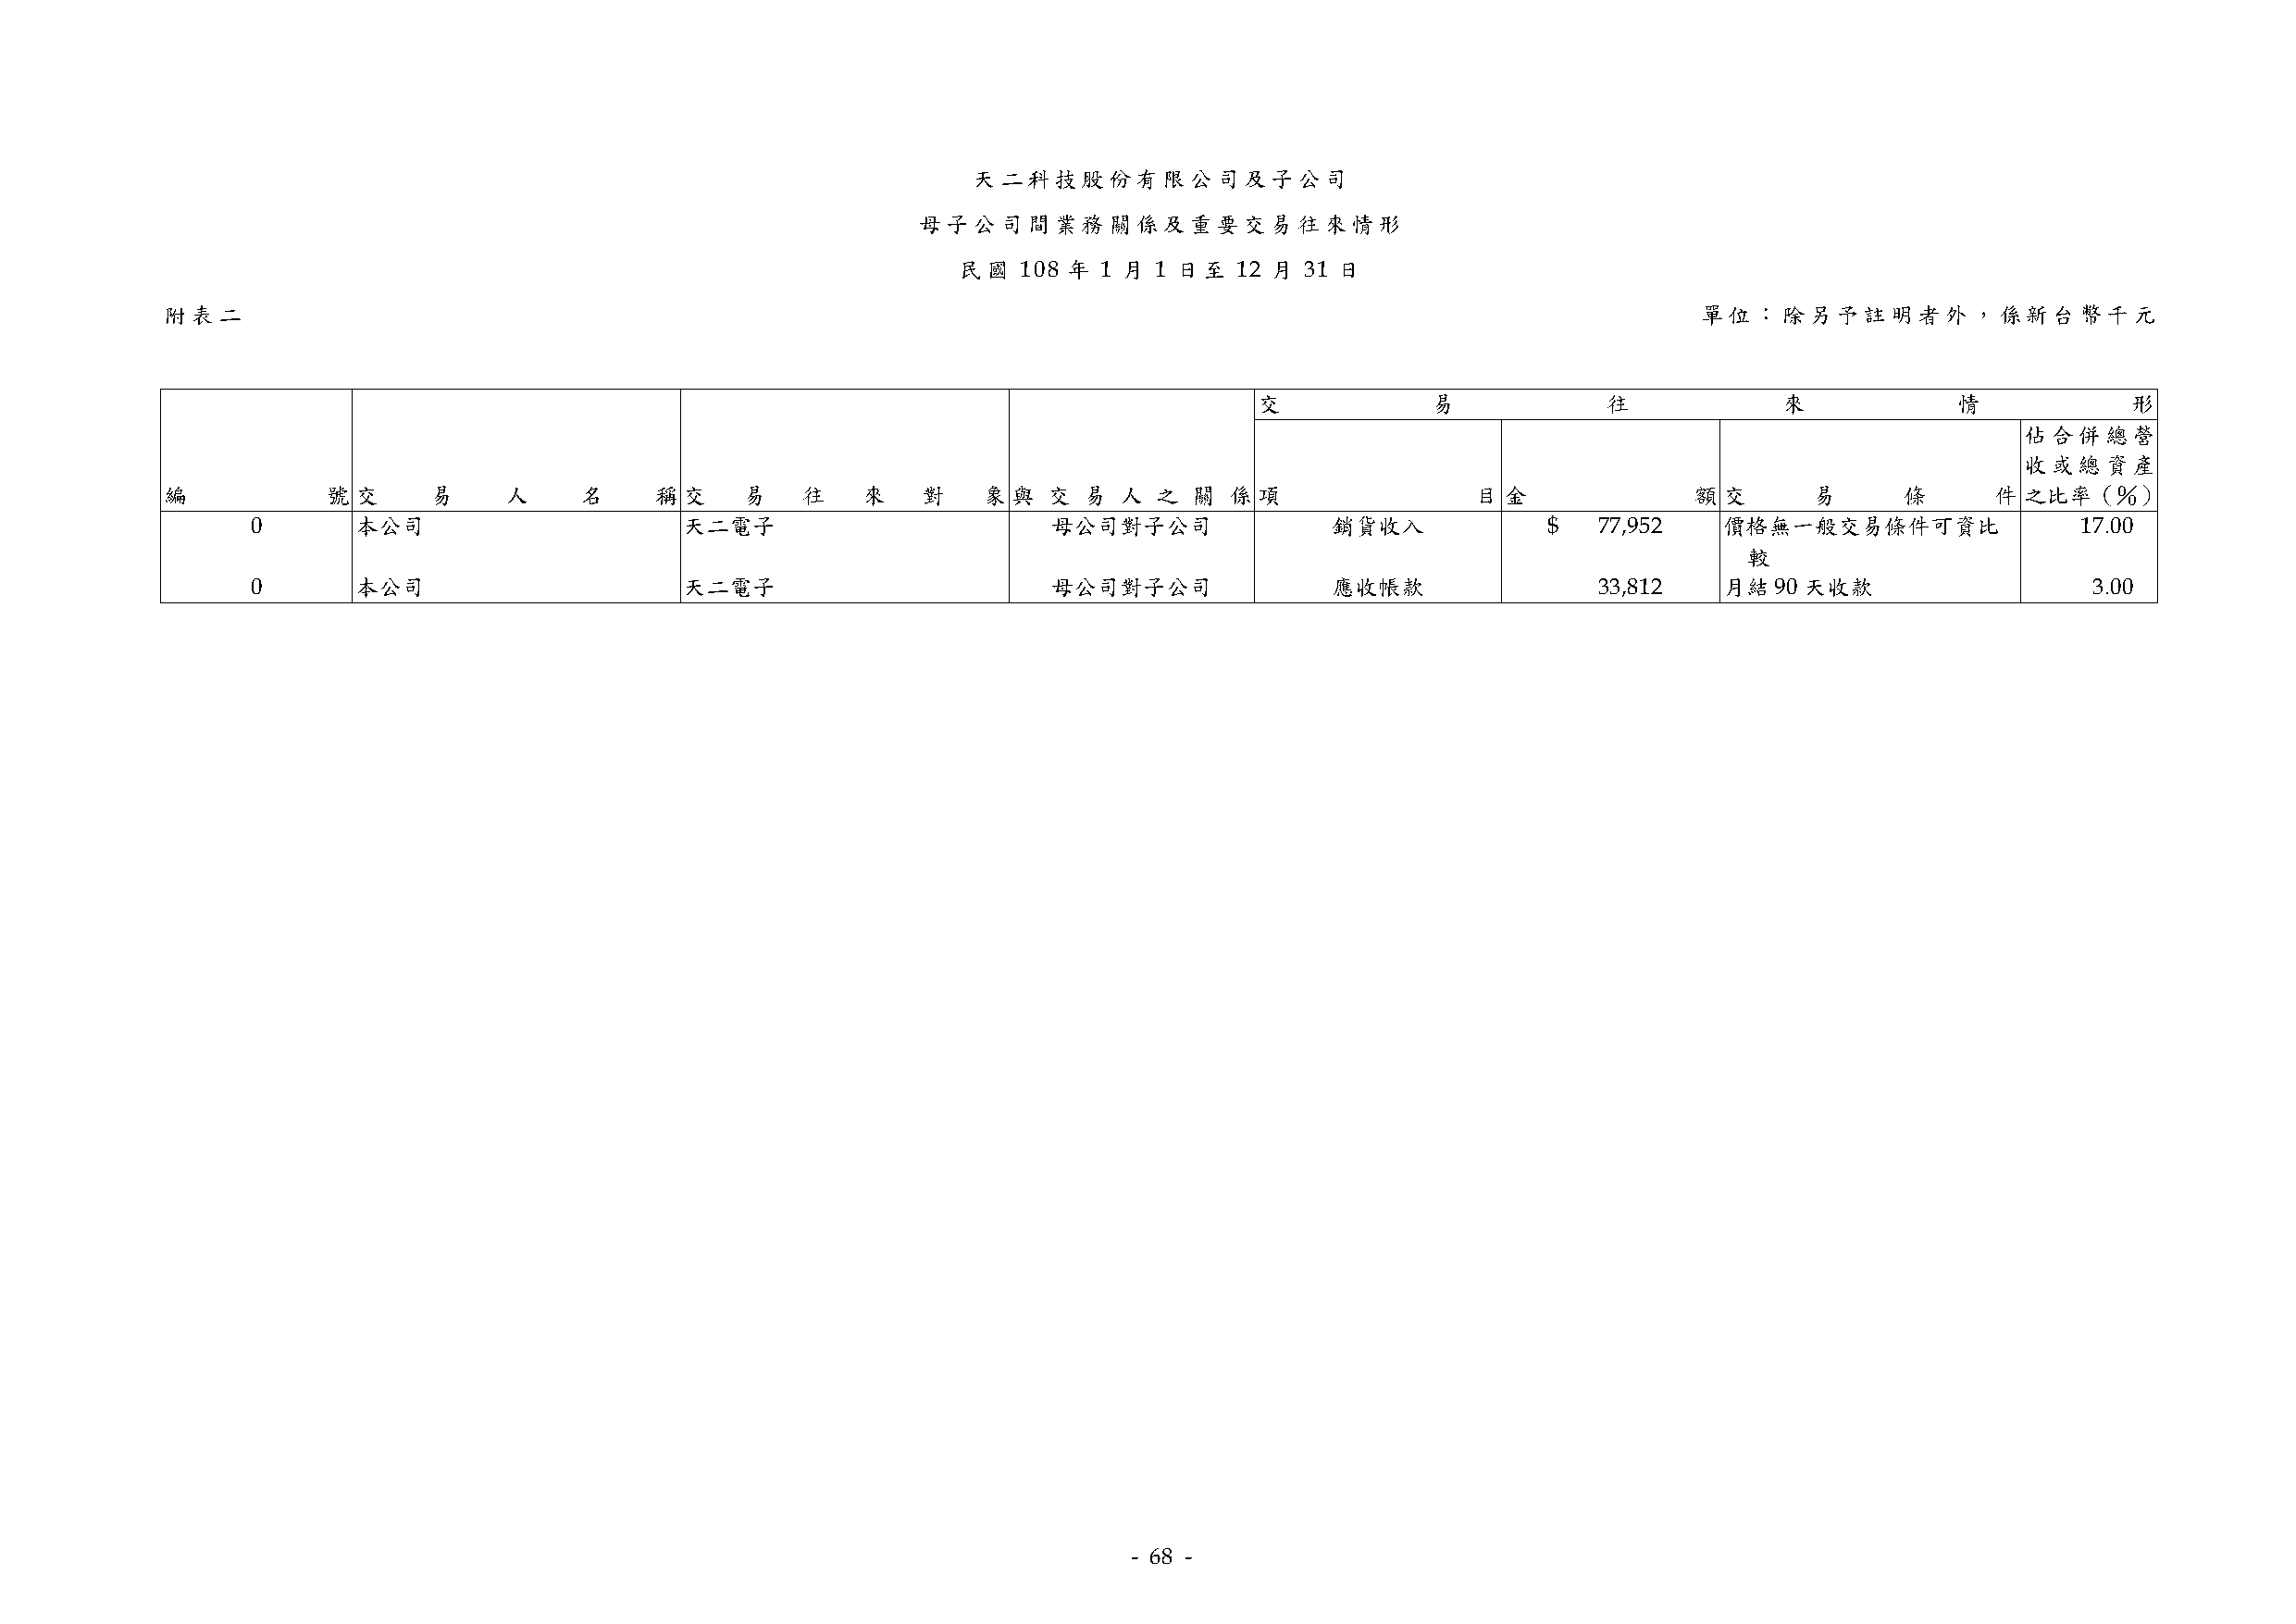
天二科技股份有限公司及子公司
 母子公司間業務關係及重要交易往來情形
 民國  108 年 1 月 1 日至 12 月 31 日
 附表二                                                                                                           單位：除另予註明者外，係新台幣千元
 交           易            往           來            情           形
 佔合併總營
 收或總資產
 編          號 交     易    人     名    稱 交   易   往    來   對   象 與  交  易 人  之 關  係 項              目  金            額 交      易     條      件 之比率（％）
 0      本公司                     天二電子                      母公司對子公司             銷貨收入            $  77,952   價格無一般交易條件可資比              17.00
 較
 0      本公司                     天二電子                      母公司對子公司             應收帳款               33,812   月結90  天收款                  3.00
 - 68 -